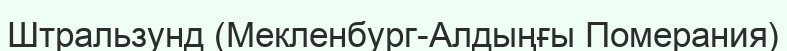
Штральзунд (Мекленбург-Алдыңғы Померания)